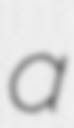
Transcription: a